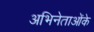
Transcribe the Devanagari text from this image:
अभिनेताओंके